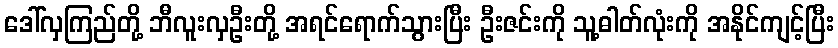
ဒေါ်လှကြည်တို့ ဘီလူးလှဦးတို့ အရင်ရောက်သွားပြီး ဦးဇင်းကို သူ့ဓါတ်လုံးကို အနိုင်ကျင့်ပြီး